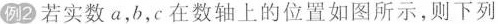
例2 若实数a，b，c在数轴上的位置如图所示，则下列